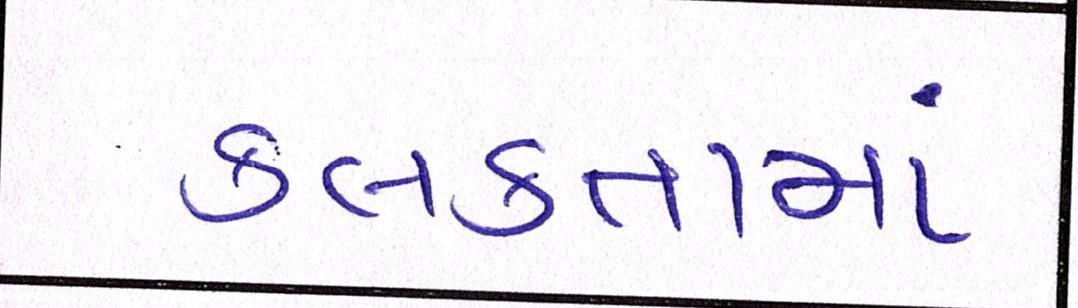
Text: કલકતામાં